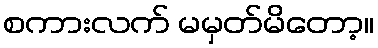
စကားလက် မမှတ်မိတော့။